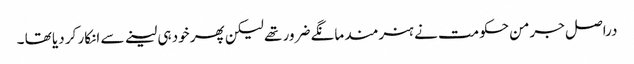
دراصل جرمن حکومت نے ہنرمند مانگے ضرور تھے لیکن پھر خود ہی لینے سے انکار کر دیا تھا ۔